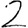
Digit: 2